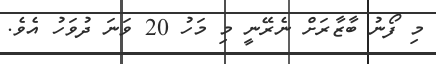
މި ފޯނު ބާޒާރަށް ނެރޭނީ މި މަހު 20 ވަނަ ދުވަހު އެވެ.